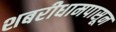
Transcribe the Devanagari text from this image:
शबरीधामपासून